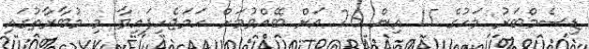
ޑިސެމްބަރު މަހުގެ 15 އިން 26 އަށް ބޭއްވުމަށް ހަމަޖެހިފައިވާ މި މުބާރާތުގައި